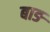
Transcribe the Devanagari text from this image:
बाङ